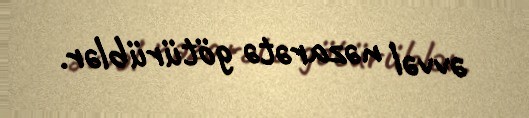
əvvəl nəzarətə götürüblər.